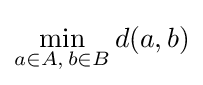
\min _{a\in A,\,b\in B}d(a,b)